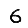
Digit: 6